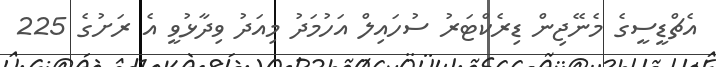
އެޗްޑީސީގެ މެނޭޖިން ޑިރެކްޓަރު ސުހައިލް އަހުމަދު މިއަދު ވިދާޅުވީ އެ ރަށުގެ 225